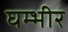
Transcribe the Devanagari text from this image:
घम्भीर